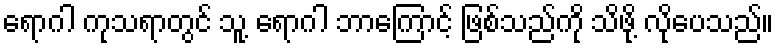
ရောဂါ ကုသရာတွင် သူ့ ရောဂါ ဘာကြောင့် ဖြစ်သည်ကို သိဖို့ လိုပေသည်။